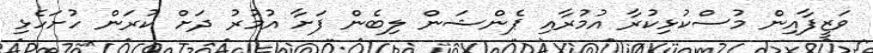
ވަޒީފާއިިން މުސްކުޅިކުރާ އުމުރާއި ޕެންޝަން ލިބެން ފަށާ އުމުރު ދަށް ކުރަން ހުށަހެޅި